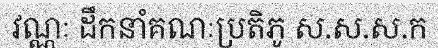
វណ្ណៈ ដឹកនាំគណៈប្រតិភូ ស.ស.ស.ក